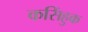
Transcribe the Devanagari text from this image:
कसिंहुक